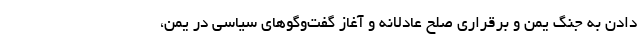
دادن به جنگ یمن و برقراری صلح عادلانه و آغاز گفت‌وگوهای سیاسی در یمن،